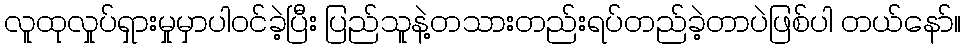
လူထုလှုပ်ရှားမှုမှာပါဝင်ခဲ့ပြီး ပြည်သူနဲ့တသားတည်းရပ်တည်ခဲ့တာပဲဖြစ်ပါ တယ်နော်။